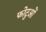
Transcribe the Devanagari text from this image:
फोटुओं